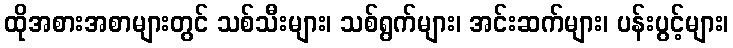
ထိုအစားအစာများတွင် သစ်သီးများ၊ သစ်ရွက်များ၊ အင်းဆက်များ၊ ပန်းပွင့်များ၊